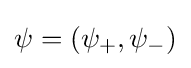
\psi =(\psi _{+},\psi _{-})